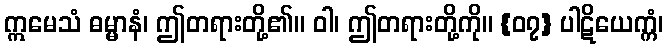
ဣမေသံ ဓမ္မာနံ၊ ဤတရားတို့၏။ ဝါ၊ ဤတရားတို့ကို။ {၀၇} ပါဋိယေက္ကံ၊